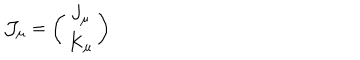
LaTeX: { \cal J } _ { \mu } = \left( \begin{array} { c } { { J _ { \mu } } } \\ { { K _ { \mu } } } \\ \end{array} \right)